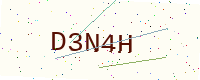
Text: D3N4H